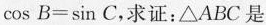
\cos B = \sin C$$，求证：△ABC是